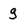
Character: g